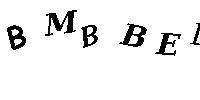
BMBBED